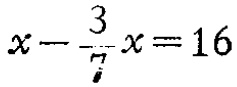
$x - \frac{3}{7}x = 16$